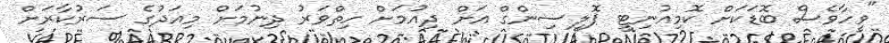
"ވީހާވެސް ބޮޑަކަށް ކޮމިއުނިޓީ ޕޮލިސިންގް އަށް ދިއުމަށް ހިތްވަރު ދިނުމަށް މިއަދުގެ ސަރުކާރަށް